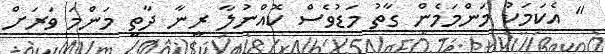
" އެކަމަކު މަންމަމެން ގާތު މަޑުވެސް ކޮއްނުލާ ރީނާ ދާތީ މަންމަ ވަރަށް